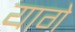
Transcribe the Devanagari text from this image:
यागे